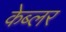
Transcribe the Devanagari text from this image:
केब्लर